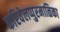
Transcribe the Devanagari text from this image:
करिवेलप्पुरमाळिका